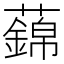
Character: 𧃃